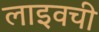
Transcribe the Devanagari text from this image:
लाइवची